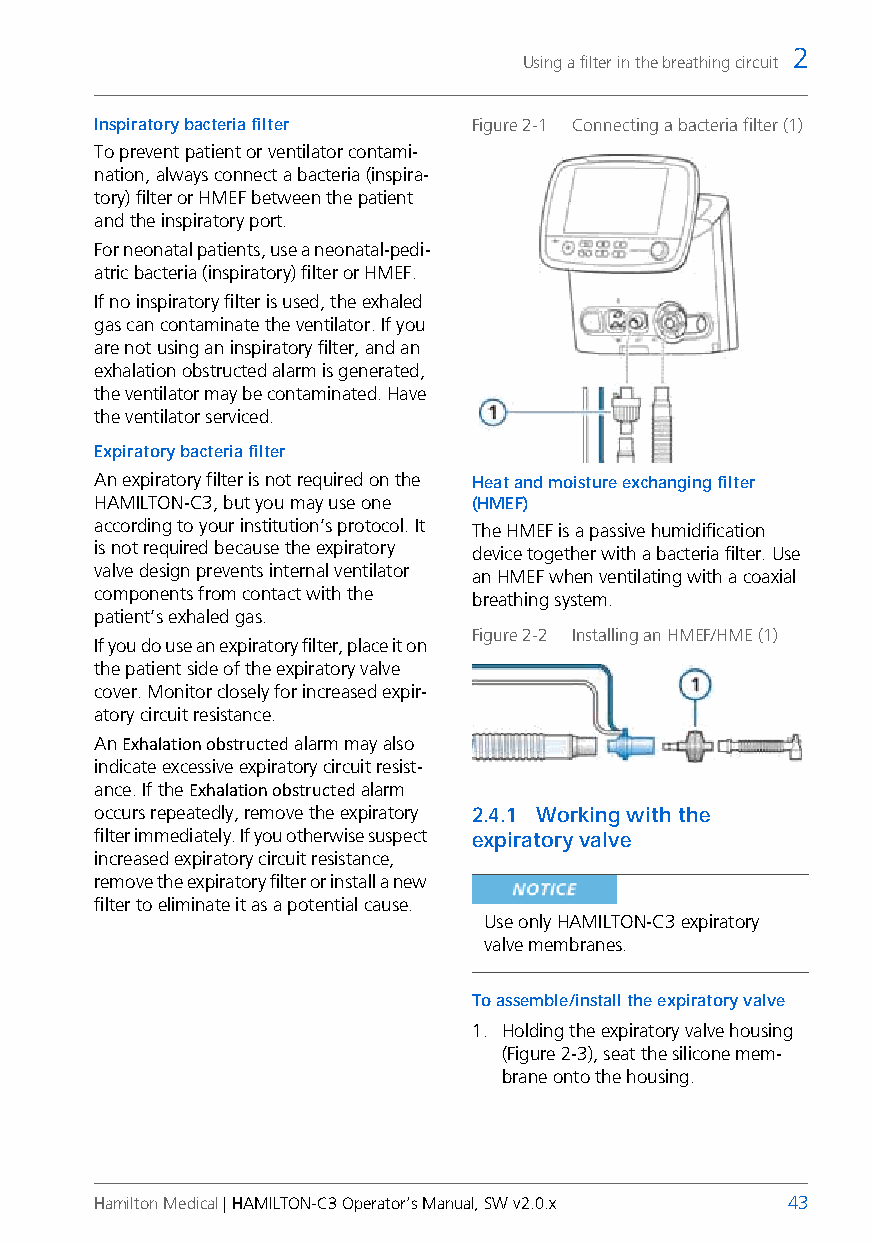
2
 Using a filter in the breathing circuit
 Inspiratory bacteria filter Figure 2-1 Connecting a bacteria filter (1)
 To prevent patient or ventilator contami-
 nation, always connect a bacteria (inspira-
 tory) filter or HMEF between the patient
 and the inspiratory port.
 For neonatal patients, use a neonatal-pedi-
 atric bacteria (inspiratory) filter or HMEF.
 If no inspiratory filter is used, the exhaled
 gas can contaminate the ventilator. If you
 are not using an inspiratory filter, and an
 exhalation obstructed alarm is generated,
 the ventilator may be contaminated. Have
 the ventilator serviced.
 Expiratory bacteria filter
 An expiratory filter is not required on the Heat and moisture exchanging filter
 HAMILTON-C3, but you may use one (HMEF)
 according to your institution’s protocol. It The HMEF is a passive humidification
 is not required because the expiratory device together with a bacteria filter. Use
 valve design prevents internal ventilator an HMEF when ventilating with a coaxial
 components from contact with the breathing system.
 patient’s exhaled gas.
 Figure 2-2 Installing an HMEF/HME (1)
 If you do use an expiratory filter, place it on
 the patient side of the expiratory valve
 cover. Monitor closely for increased expir-
 atory circuit resistance.
 An Exhalation obstructed alarm may also
 indicate excessive expiratory circuit resist-
 ance. If the Exhalation obstructed alarm
 occurs repeatedly, remove the expiratory 2.4.1 Working with the
 filter immediately. If you otherwise suspect expiratory valve
 increased expiratory circuit resistance,
 remove the expiratory filter or install a new
 filter to eliminate it as a potential cause.
 Use only HAMILTON-C3 expiratory
 valve membranes.
 To assemble/install the expiratory valve
 1. Holding the expiratory valve housing
 (Figure 2-3), seat the silicone mem-
 brane onto the housing.
 Hamilton Medical | HAMILTON-C3 Operator’s Manual, SW v2.0.x 43